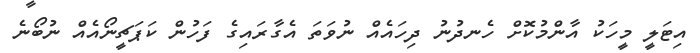
އިޓަލީ މީހަކު އާންމުކޮށް ހެނދުނު ދިހައެއް ނުވަތަ އެގާރައިގެ ފަހުން ކަޕަޗީނޯއެއް ނުބޯނެ